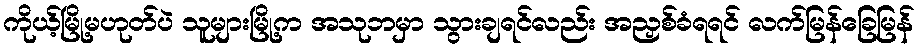
ကိုယ့်မြို့မဟုတ်ပဲ သူများမြို့က အသုဘမှာ သွားချရင်လည်း အညှစ်ခံရရင် လက်မြန်ခြေမြန်